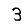
Digit: 3